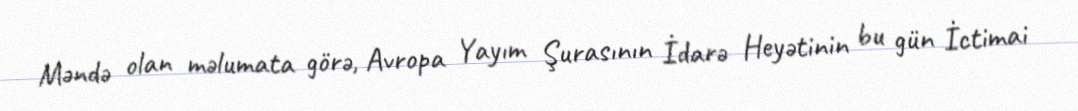
Məndə olan məlumata görə, Avropa Yayım Şurasının İdarə Heyətinin bu gün İctimai